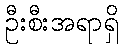
ဦးစီးအရာရှိ